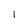
Character: 1